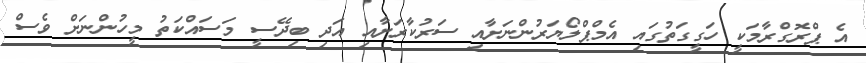
އެ ޕްރޮގްރާމަކީ ހަގީގަތުގައި އެމްޕްލޯޔަރުންނަށާއި ސަރުކާރަށާއި އަދި ބިދޭސީ މަސައްކަތު މީހުންނަށް ވެސް